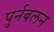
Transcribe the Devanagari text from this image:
पुर्नबलन